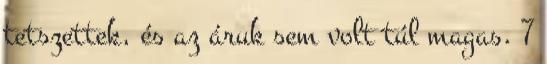
tetszettek, és az áruk sem volt túl magas. 7